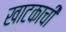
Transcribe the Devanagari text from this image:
खाटकाची